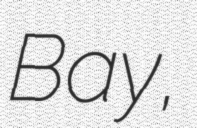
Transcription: Bay,